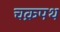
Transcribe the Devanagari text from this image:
चक्रपथ